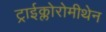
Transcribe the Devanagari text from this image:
ट्राईक्लोरोमीथेन